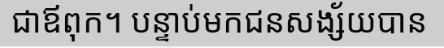
ជាឪពុក។ បន្ទាប់មកជនសង្ស័យបាន